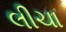
લીચા